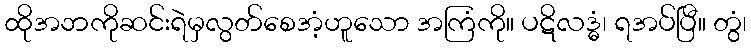
ထိုအဘကိုဆင်းရဲမှလွတ်စေအံ့ဟူသော အကြံကို။ ပဋိလဒ္ဓံ၊ ရအပ်ပြီ။ တွံ၊